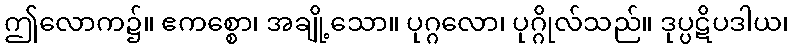
ဤလောက၌။ ဧကစ္စော၊ အချို့သော။ ပုဂ္ဂလော၊ ပုဂ္ဂိုလ်သည်။ ဒုပ္ပဋိပဒါယ၊